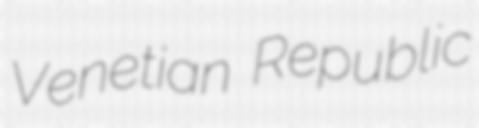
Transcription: Venetian Republic